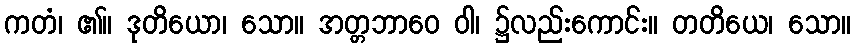
ကတံ၊ ၏။ ဒုတိယော၊ သော။ အတ္တဘာဝေ ဝါ၊ ၌လည်းကောင်း။ တတိယေ၊ သော။